Report on sanitation, dispensaries, and jails in Rajputana for 1918, and on vaccination for the year 1918-1919 - 1918-1919
Year: 1918
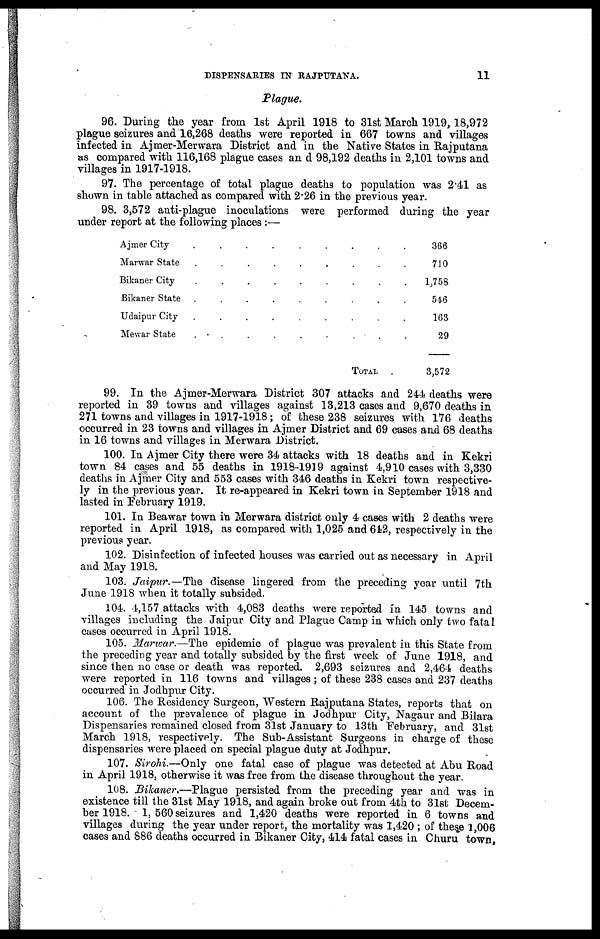
DISPENSARIES IN RAJPUTANA.
11
Plague.
96. During the year from 1st April 1918 to 31st March 1919, 18,972
plague seizures and 16,268 deaths were reported in 667 towns and villages
infected in Ajmer-Merwara District and in the Native States in Rajputana
as compared with 116,168 plague cases an d 98,192 deaths in 2,101 towns and
villages in 1917-1918.
97. The percentage of total plague deaths to population was 2.41 as
shown in table attached as compared with 2.26 in the previous year.
98. 3,572 anti-plague inoculations were performed during the year
under report at the following places :—
Ajmer City
.........
Marwar State
.........
Bikaner City
.........
Bikaner State
.........
Udaipur City
.........
Mewar State
........
TOTAL
366
710
1,758
546
163
29
3,572
99. In the Ajmer-Merwara District 307 attacks and 244 deaths were
reported in 39 towns and villages against 13,213 cases and 9,670 deaths in
271 towns and villages in 1917-1918; of these 238 seizures with 176 deaths
occurred in 23 towns and villages in Ajmer District and 69 cases and 68 deaths
in 16 towns and villages in Merwara District.
100. In Ajmer City there were 34 attacks with 18 deaths and in Kekri
town 84 cases and 55 deaths in 1918-1919 against 4,910 cases with 3,330
deaths in Ajmer City and 553 cases with 346 deaths in Kekri town respective-
ly in the previous year. It re-appeared in Kekri town in September 1918 and
lasted in February 1919.
101. In Beawar town in Merwara district only 4 cases with 2 deaths were
reported in April 1918, as compared with 1,025 and 642, respectively in the
previous year.
102. Disinfection of infected houses was carried out as necessary in April
and May 1918.
103. Jaipur.—The disease lingered from the preceding year until 7th
June 1918 when it totally subsided.
104. 4,157 attacks with 4,083 deaths were reported in 145 towns and
villages including the Jaipur City and Plague Camp in which only two fatal
cases occurred in April 1918.
105. Marwar.—The epidemic of plague was prevalent in this State from
the preceding year and totally subsided by the first week of June 1918, and
since then no case or death was reported. 2,693 seizures and 2,464 deaths
were reported in 116 towns and villages ; of these 238 cases and 237 deaths
occurred in Jodhpur City.
106. The Residency Surgeon, Western Rajputana States, reports that on
account of the prevalence of plague in Jodhpur City, Nagaur and Bilara
Dispensaries remained closed from 31st January to 13th February, and 31st
March 1918, respectively. The Sub-Assistant Surgeons in charge of these
dispensaries were placed on special plague duty at Jodhpur.
107. Sirohi.—Only one fatal case of plague was detected at Abu Road
in April 1918, otherwise it was free from the disease throughout the year.
108. Bikaner.—Plague persisted from the preceding year and was in
existence till the 31st May 1918, and again broke out from 4th to 31st Decem-
ber 1918. 1, 560 seizures and 1,420 deaths were reported in 6 towns and
villages during the year under report, the mortality was 1,420 ; of these 1,006
cases and 886 deaths occurred in Bikaner City, 414 fatal cases in Churu town,